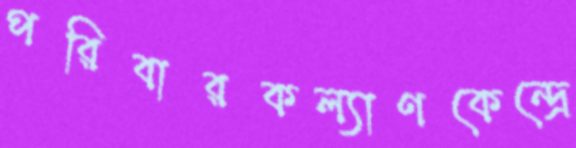
পরিবারকল্যাণকেন্দ্রে